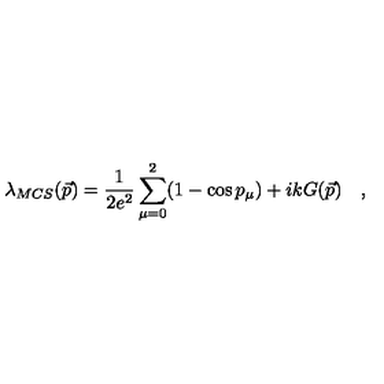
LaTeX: \lambda _ { M C S } ( \vec { p } ) = \frac { 1 } { 2 e ^ { 2 } } \sum _ { \mu = 0 } ^ { 2 } ( 1 - \cos p _ { \mu } ) + i k G ( \vec { p } ) \quad ,